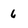
Character: 6